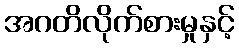
အဂတိလိုက်စားမှုနှင့်